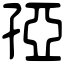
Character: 孲